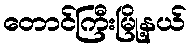
တောင်ကြီးမြို့နယ်